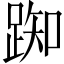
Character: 踟